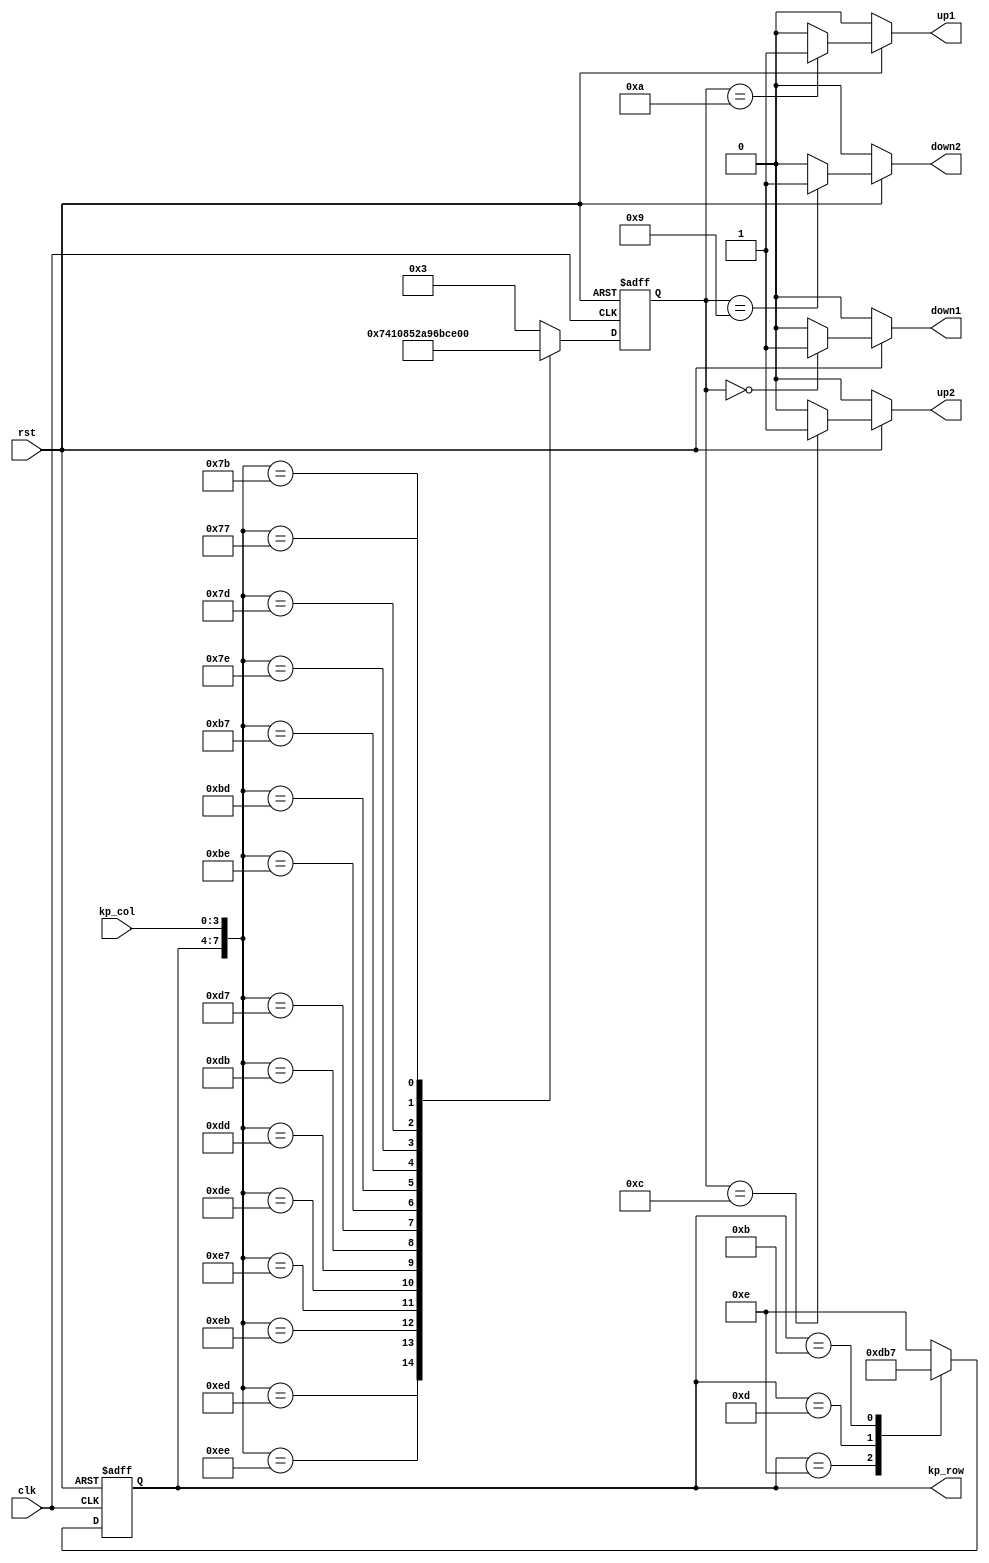
module key_pad_controller (
    input clk, //100Hz
    input rst,
    input [3:0] kp_col,
	 output reg [3:0] kp_row,
    output reg up1, // A being pressed
    output reg up2, // 8 being pressed
    output reg down1, // 0 being pressed
    output reg down2 // 7 being pressed
);
//initial
//begin
//up1 <= 0;
//up2 <= 0;
//down1 <= 0;
//down2 <= 0;
//end

reg [3:0] keypadBuf;
always @(posedge clk or negedge rst) 
begin
    if(!rst) 
    begin
        keypadBuf <= 4'h3;
        kp_row <= 4'b1110;
    end
    else
    begin
        case({kp_row,kp_col})
				8'b1110_1110: keypadBuf <= 4'h7;
				8'b1110_1101: keypadBuf <= 4'h4;
				8'b1110_1011: keypadBuf <= 4'h1;
				8'b1110_0111: keypadBuf <= 4'h0;

				8'b1101_1110: keypadBuf <= 4'h8;
				8'b1101_1101: keypadBuf <= 4'h5;
				8'b1101_1011: keypadBuf <= 4'h2;
				8'b1101_0111: keypadBuf <= 4'ha;

				8'b1011_1110: keypadBuf <= 4'h9;
				8'b1011_1101: keypadBuf <= 4'h6;
				8'b1011_1011: keypadBuf <= 4'h3;
				8'b1011_0111: keypadBuf <= 4'hb;

				8'b0111_1110: keypadBuf <= 4'hc;
				8'b0111_1101: keypadBuf <= 4'hd;
				8'b0111_1011: keypadBuf <= 4'he;
				8'b0111_0111: keypadBuf <= 4'hf;
				default: keypadBuf <= 4'h3;
        endcase
        case(kp_row)
					 4'b1110: kp_row <= 4'b1101;
                4'b1101: kp_row <= 4'b1011;
                4'b1011: kp_row <= 4'b0111;
                4'b0111: kp_row <= 4'b1110;
                default: kp_row <= 4'b1110;
        endcase
    end
end

always @(*)
begin
	if(!rst)begin
		up1 = 0;
		up2 = 0;
		down1 = 0;
		down2 = 0;
	end
	else begin
		case(keypadBuf)
		  4'ha:
		  begin
				up1 = 1;
				up2 = 0;
				down1 = 0;
				down2 = 0;
		  end

		  4'hc:
		  begin
				up1 = 0;
				up2 = 1;
				down1 = 0;
				down2 = 0;
		  end
		  4'h0:
		  begin
				up1 = 0;
				up2 = 0;
				down1 = 1;
				down2 = 0;
		  end
		  4'h9:
		  begin
				up1 = 0;
				up2 = 0;
				down1 = 0;
				down2 = 1;
		  end
		  
		  default:
		  begin
				up1 = 0;
				up2 = 0;
				down1 = 0;
				down2 = 0;
		  end
		endcase
	 end  
end

endmodule